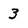
Character: 3